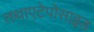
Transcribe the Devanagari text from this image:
तथाएटेपोसाइड